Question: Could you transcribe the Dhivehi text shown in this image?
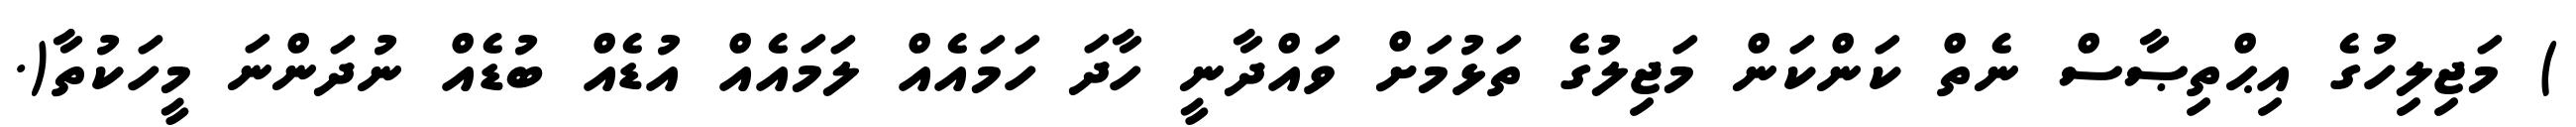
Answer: ) މަޖިލިހުގެ އިޙްތިޞާސް ނެތް ކަންކަން މަޖިލުގެ ތަޅުމަށް ވައްދާނީ ހާދަ ހަމައެއް ލަމައެއް އުޑެއް ބުޑެއް ނުދަންނަ މީހަކުތާ(.